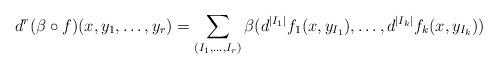
LaTeX: \begin{align*}d^r(\beta\circ f)(x,y_1,\ldots,y_r)=\sum_{(I_1,\ldots, I_r)}\beta(d^{|I_1|}f_1(x,y_{I_1}),\ldots,d^{|I_k|}f_k(x,y_{I_k}))\end{align*}